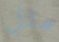
مثل